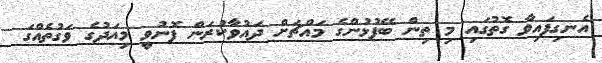
އެނގިފައިވާ ގޮތުގައި މި ތިން ބޭފުޅުންގެ މައްޗަށް ދައުވާކުރަން ފޮނުވީ މިއަދުގެ ވަގުތެއްގަ